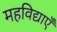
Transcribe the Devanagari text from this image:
महविद्याएँ